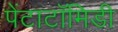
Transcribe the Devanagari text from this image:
पेंटाटॉमिडी